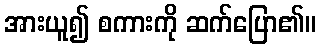
အားယူ၍ စကားကို ဆက်ပြော၏။